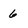
Character: 6